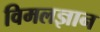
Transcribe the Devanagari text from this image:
विमलज्ञान